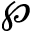
\wp